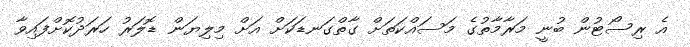
އެ ރިސޯޓުން ބުނީ މަރާމާތުގެ މަސައްކަތަށް ގާތްގަނޑަކަށް އަށް މިލިޔަން ޑޮލަރު ހަރަދުކޮށްފައިވާ